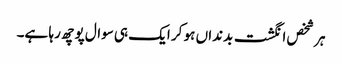
ہر شخص انگشت بدنداں ہو کر ایک ہی سوال پوچھ رہا ہے۔